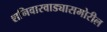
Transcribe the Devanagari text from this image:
शनिवारवाड्यासमोरील